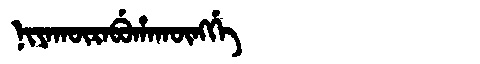
Manchu: ᠨᡳᠶᠠᡴᡡᡵᠠᠪᡠᡥᠠᡴᡡᠩᡤᡝ
Romanization: NIYAKŪRABUHAKŪNGGE